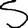
Digit: 5